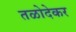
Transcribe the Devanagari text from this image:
तळोदेकर